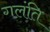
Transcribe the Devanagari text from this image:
गलंति